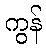
ကွန်